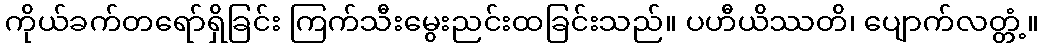
ကိုယ်ခက်တရော်ရှိခြင်း ကြက်သီးမွေးညင်းထခြင်းသည်။ ပဟီယိဿတိ၊ ပျောက်လတ္တံ့။